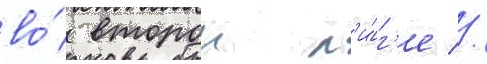
во́ второи л'и́г'е //